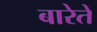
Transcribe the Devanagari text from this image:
बारेतें